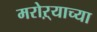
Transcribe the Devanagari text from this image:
मरोऱ्याच्या